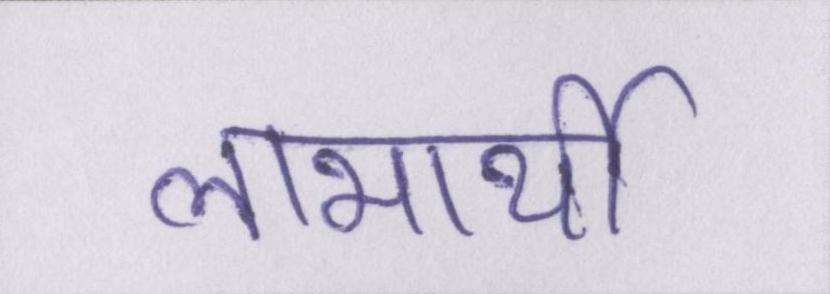
लाभार्थी